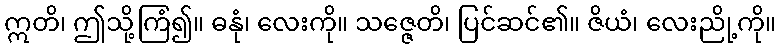
ဣတိ၊ ဤသို့ကြံ၍။ ဓနုံ၊ လေးကို။ သဇ္ဇေတိ၊ ပြင်ဆင်၏။ ဇိယံ၊ လေးညို့ကို။